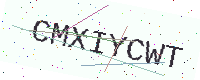
Text: CMXIYCWT